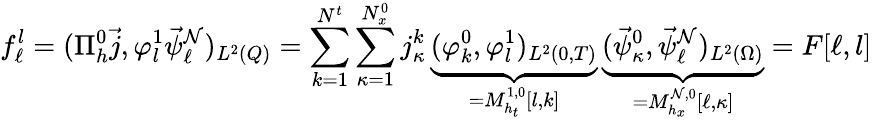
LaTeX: f_{\ell}^{l}=(\Pi_{h}^{0}\vec{j},\varphi_{l}^{1}\vec{\psi}_{\ell}^{\mathcal{N}})_{L^{2}(Q)}=\sum_{k=1}^{N^{t}}\sum_{\kappa=1}^{N_{x}^{0}}j_{\kappa}^{k}\, \underbrace{(\varphi_{k}^{0},\varphi_{l}^{1})_{L^{2}(0,T)}}_{=M_{h_{t}}^{1,0}[l,k]}\, \underbrace{(\vec{\psi}_{\kappa}^{0},\vec{\psi}_{\ell}^{\mathcal{N}})_{L^{2}(\Omega)}}_{=M_{h_{x}}^{\mathcal{N},0}[\ell,\kappa]}=F[\ell,l]